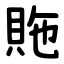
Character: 䝯